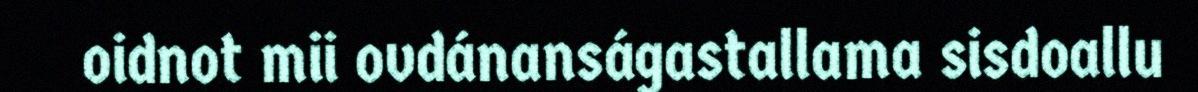
oidnot mii ovdánanságastallama sisdoallu